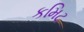
કમિટ